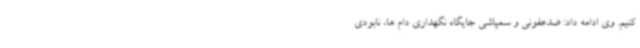
کنیم. وی ادامه داد: ضدعفونی و سمپاشی جایگاه نگهداری دام ها، نابودی